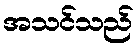
အသင်သည်